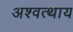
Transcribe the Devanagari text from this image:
अश्वत्थाय